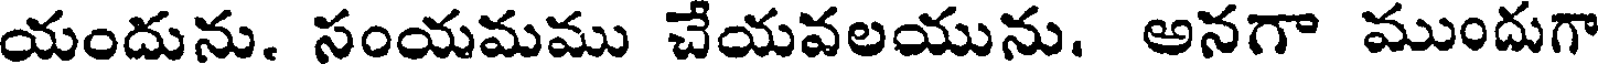
యందును. సంయమము చేయవలయును. అనగా ముందుగా